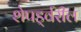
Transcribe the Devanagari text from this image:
शेपर्ड्वरील